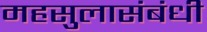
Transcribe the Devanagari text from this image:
महसुलासंबंधी